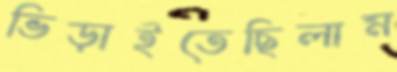
ভিড়াইতেছিলাম